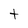
Character: t